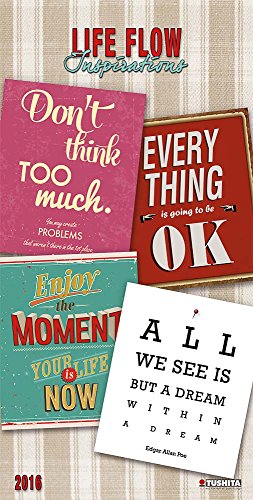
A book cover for Life Flow (160694) (English, Spanish, French, Italian and German Edition); Tushita; Calendars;